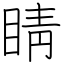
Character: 睛